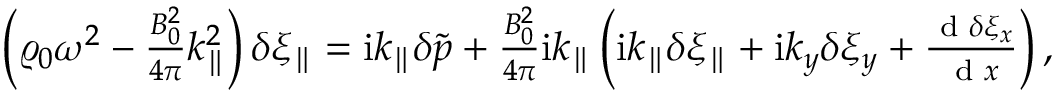
\begin{array} { r } { \left( \varrho _ { 0 } \omega ^ { 2 } - \frac { B _ { 0 } ^ { 2 } } { 4 \pi } k _ { \parallel } ^ { 2 } \right) \delta \xi _ { \parallel } = \mathrm { i } k _ { \parallel } \delta \tilde { p } + \frac { B _ { 0 } ^ { 2 } } { 4 \pi } \mathrm { i } k _ { \parallel } \left( \mathrm { i } k _ { \parallel } \delta \xi _ { \parallel } + \mathrm { i } k _ { y } \delta \xi _ { y } + \frac { \textrm { d } \delta \xi _ { x } } { \textrm { d } x } \right) , } \end{array}